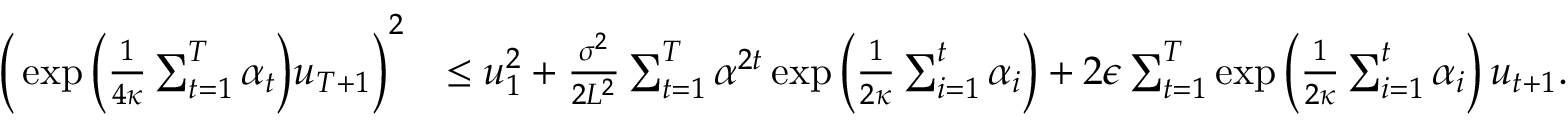
\begin{array} { r l } { \bigg ( \exp \bigg ( \frac { 1 } { 4 \kappa } \sum _ { t = 1 } ^ { T } { \alpha _ { t } } \bigg ) u _ { T + 1 } \bigg ) ^ { 2 } } & { \leq u _ { 1 } ^ { 2 } + \frac { \sigma ^ { 2 } } { 2 L ^ { 2 } } \sum _ { t = 1 } ^ { T } { \alpha ^ { 2 t } } \exp \bigg ( \frac { 1 } { 2 \kappa } \sum _ { i = 1 } ^ { t } \alpha _ { i } \bigg ) + 2 \epsilon \sum _ { t = 1 } ^ { T } \exp \bigg ( \frac { 1 } { 2 \kappa } \sum _ { i = 1 } ^ { t } \alpha _ { i } \bigg ) \, u _ { t + 1 } . } \end{array}